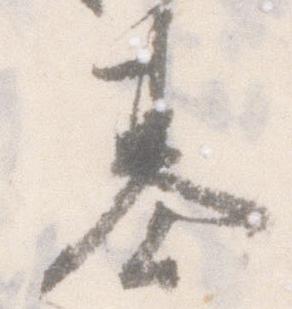
基